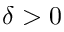
\delta > 0